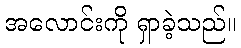
အလောင်းကို ရှာခဲ့သည်။